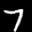
Label: 7